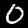
Label: 0